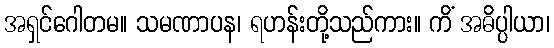
အရှင်ဂေါတမ။ သမဏာပန၊ ရဟန်းတို့သည်ကား။ ကိံ အဓိပ္ပါယာ၊